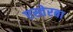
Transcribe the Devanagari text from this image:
एस्तेरबा